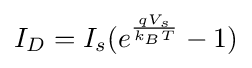
I_{D}=I_{s}(e^{\frac {qV_{s}}{k_{B}T}}-1)